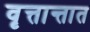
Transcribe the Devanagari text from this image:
वृत्तान्तात